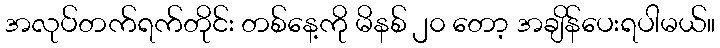
အလုပ်တက်ရက်တိုင်း တစ်နေ့ကို မိနစ် ၂၀ တော့ အချိန်ပေးရပါမယ်။